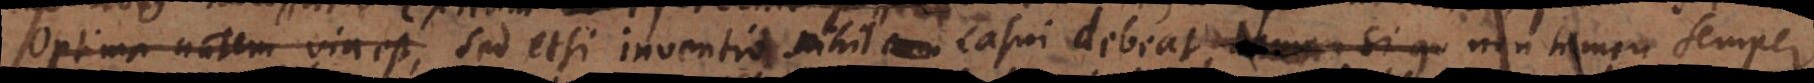
Optima autem via est, Sed etsi inventio nihil casui debeat, non tamen semper